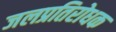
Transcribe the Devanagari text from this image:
जलप्रतिरोधक